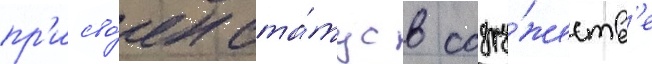
пр'исво́ен ста́тус в содру́жеств'е